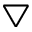
\bigtriangledown